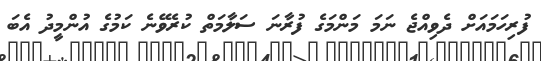
ފުރިހަމައަށް ދެވިއްޖެ ނަމަ މަންމަގެ ފުރާނަ ސަލާމަތް ކުރެވޭނެ ކަމުގެ އުންމީދު އެބަ